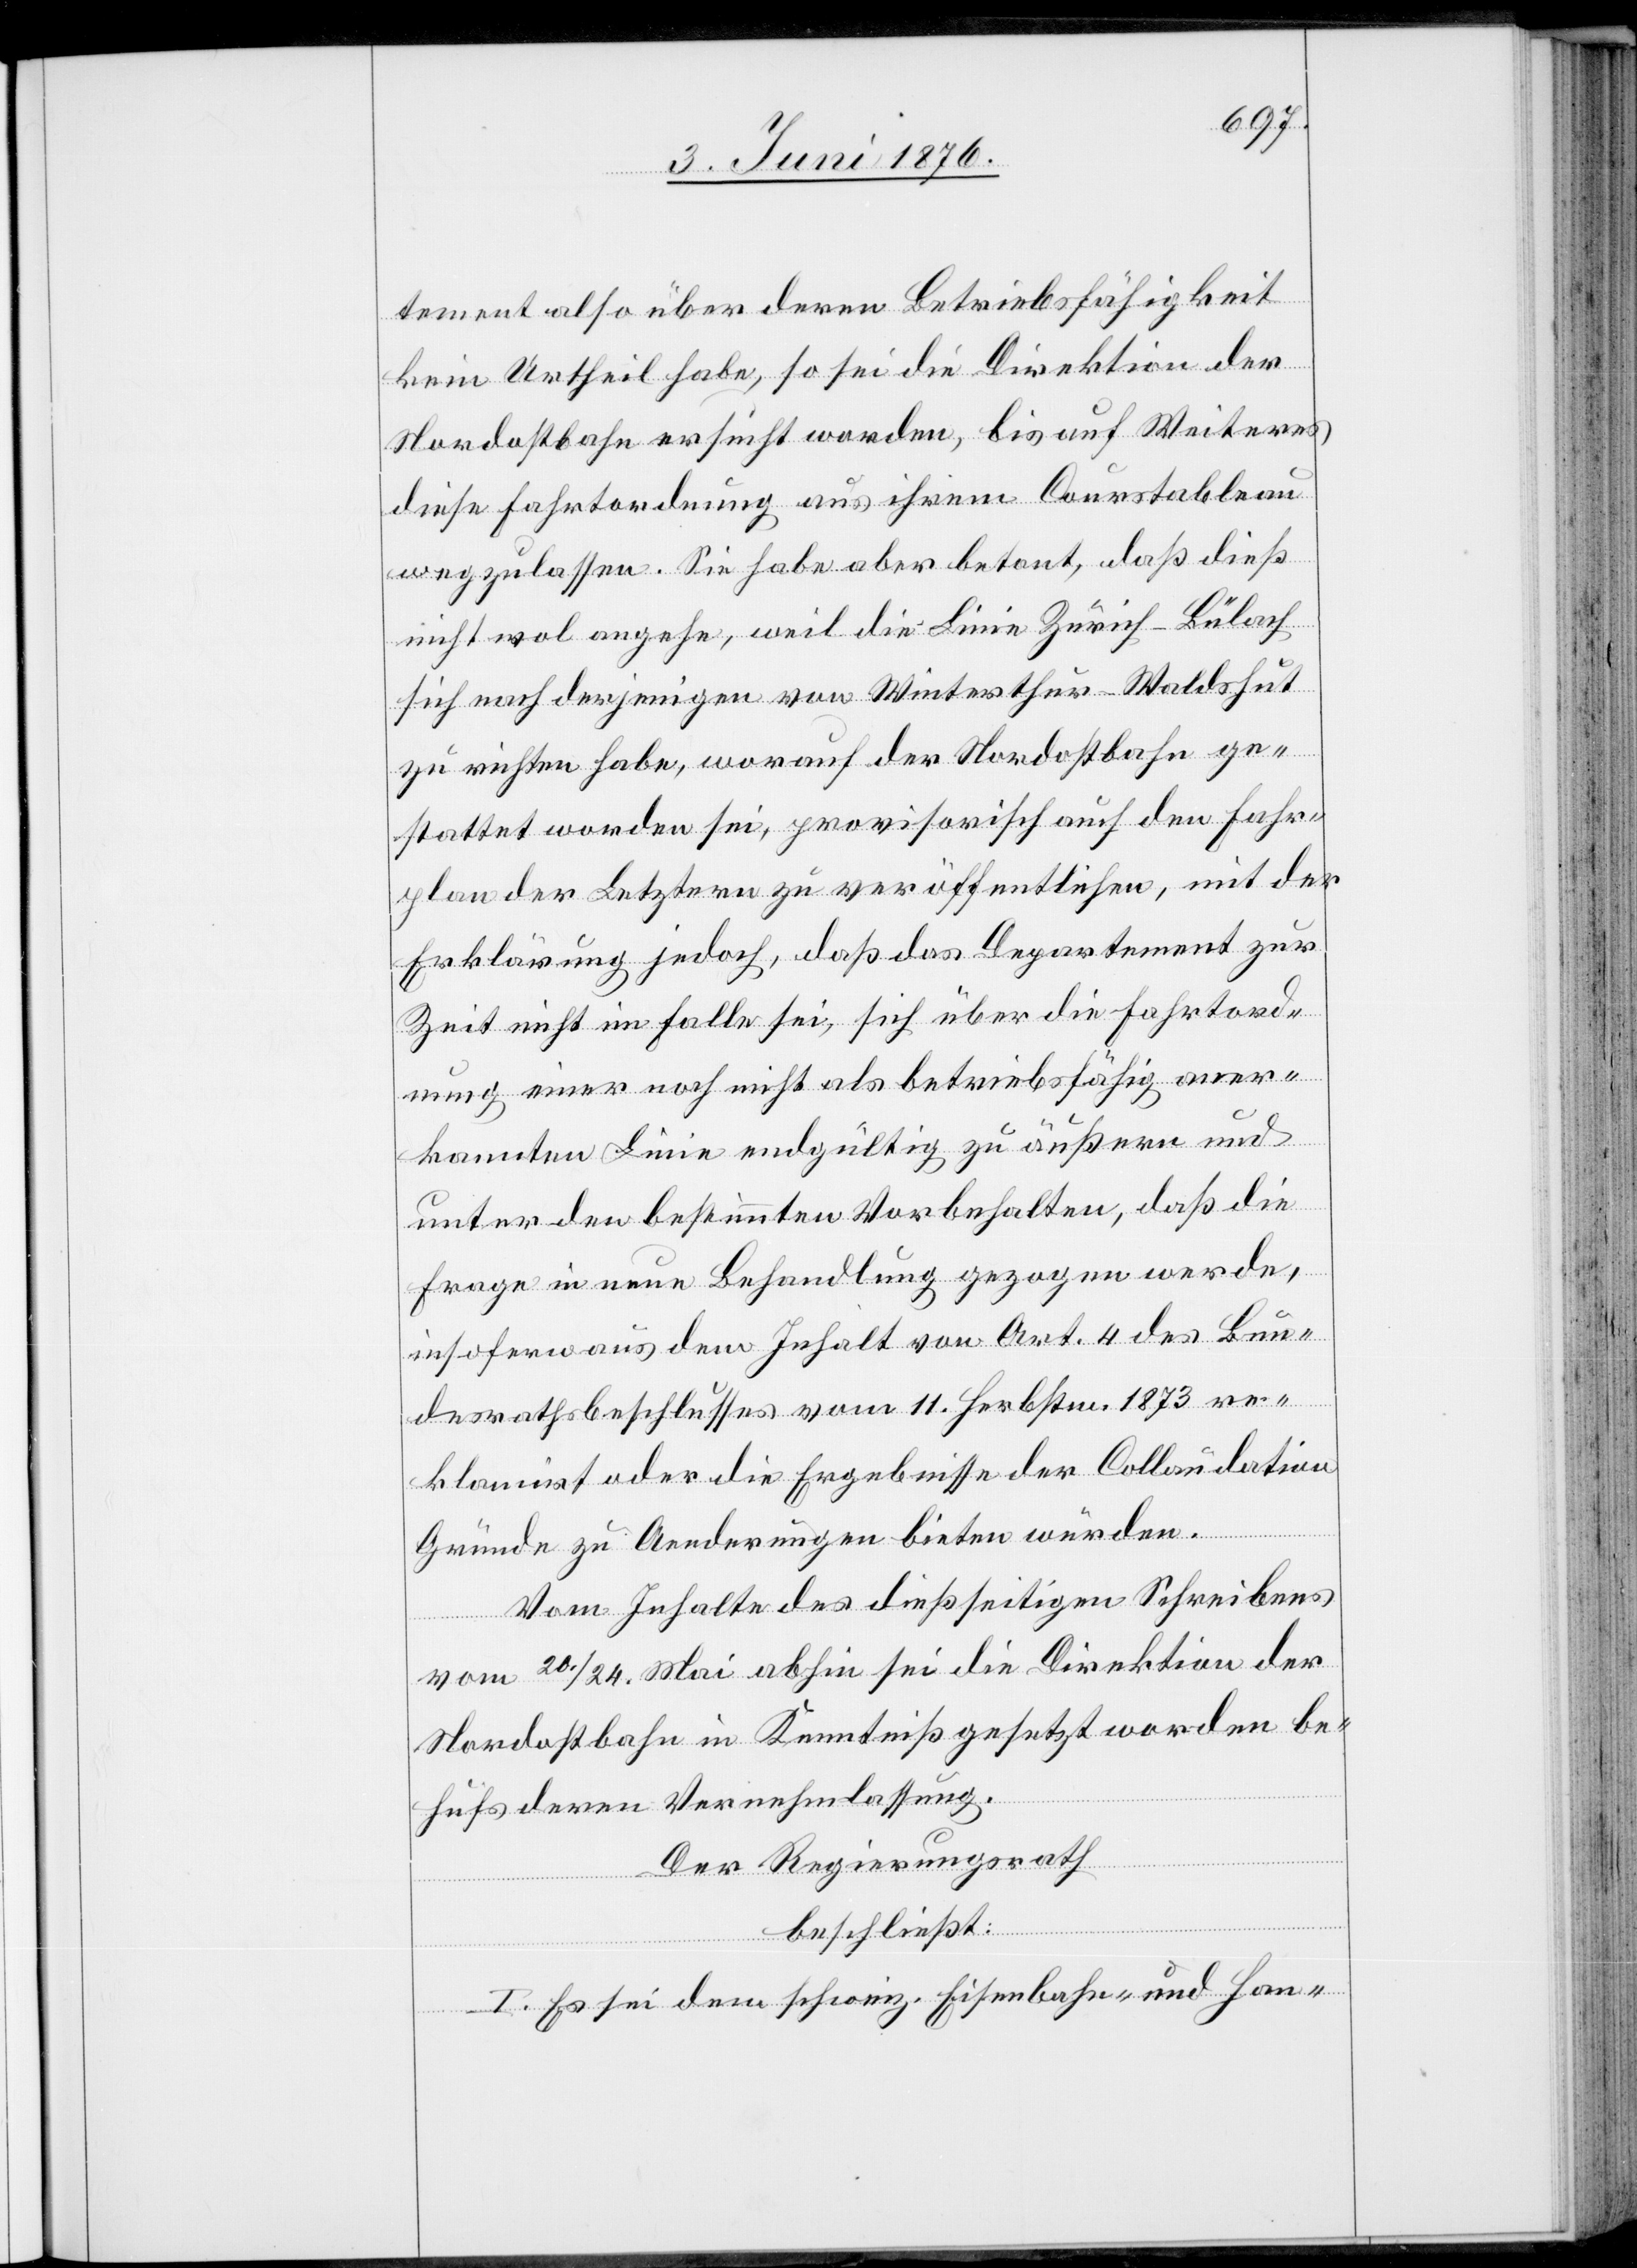
tement also über deren Betriebsfähigkeit
kein Urtheil habe, so sei die Direktion der
Nordostbahn ersucht worden, bis auf Weiteres
diese Fahrtordnung aus ihrem Courstableau
wegzulassen. Sie habe aber betont, das dieß
nicht wol angehe, weil die Linie Zürich–Bülach
sich nach derjenigen von Winterthur–Waldshut
zu richten habe, worauf der Nordostbahn ge¬
stattet worden sei, provisorisch auch den Fahr¬
plan der Letztern zu veröffentlichen, mit der
Erklärung jedoch, daß das Departement zur
Zeit nicht im Falle sei, sich über die Fahrtord¬
nung einer noch nicht als betriebsfähig aner¬
kannten Linie endgültig zu äußern und
unter den bestimmten Vorbehalten, daß die
Frage in neue Behandlung gezogen werde,
insofern aus dem Inhalt von Art. 4 des Bun¬
desrathsbeschlusses vom 11. Herbstm. 1873 re¬
klamirt oder die Ergebnisse der Collaudation
Gründe zu Aenderungen bieten würden.
Vom Inhalte des dießseitigen Schreibens
vom 20./24 Mai abhin sei die Direktion der
Nordostbahn in Kenntniß gesetzt worden be¬
hufs deren Vernehmlassung.
Der Regierungsrath
beschließt:
I. Es sei dem schweiz. Eisenbahn- und Han-